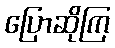
ပြောဆိုကြ